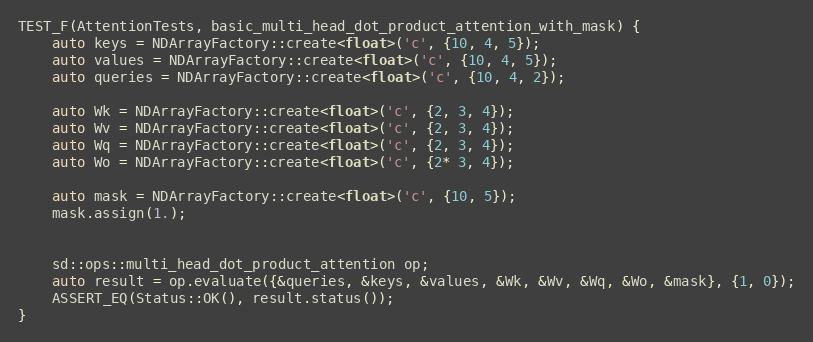
Language: C++
TEST_F(AttentionTests, basic_multi_head_dot_product_attention_with_mask) {
    auto keys = NDArrayFactory::create<float>('c', {10, 4, 5});
    auto values = NDArrayFactory::create<float>('c', {10, 4, 5});
    auto queries = NDArrayFactory::create<float>('c', {10, 4, 2});

    auto Wk = NDArrayFactory::create<float>('c', {2, 3, 4});
    auto Wv = NDArrayFactory::create<float>('c', {2, 3, 4});
    auto Wq = NDArrayFactory::create<float>('c', {2, 3, 4});
    auto Wo = NDArrayFactory::create<float>('c', {2* 3, 4});

    auto mask = NDArrayFactory::create<float>('c', {10, 5});
    mask.assign(1.);

    sd::ops::multi_head_dot_product_attention op;
    auto result = op.evaluate({&queries, &keys, &values, &Wk, &Wv, &Wq, &Wo, &mask}, {1, 0});
    ASSERT_EQ(Status::OK(), result.status());
}